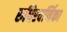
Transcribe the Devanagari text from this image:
रुधिरवर्णिका